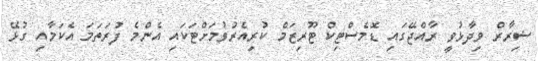
ޟިރާރް ވިދާޅުވީ ރާއްޖޭގައި ޑޮމެސްޓިކް ޓޫރިޒަމް ކުރިއެރުވުމަށްޓަކައި އެންމެ ފުރަތަމަ އެކަމާއި ގުޅޭ